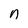
Character: n